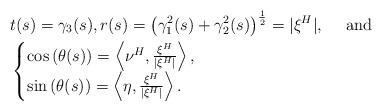
LaTeX: \begin{align*}&t(s)=\gamma_3(s),r(s)=\left(\gamma^2_1(s)+\gamma^2_2(s)\right)^{\frac{1}{2}}=|\xi^H|,\quad\mbox{ and }\\&\begin{cases}\cos{\left(\theta(s)\right)} = \left\langle \nu^H,\frac{\xi^H}{|\xi^H|}\right\rangle, \\\sin{\left(\theta(s)\right)} = \left\langle \eta,\frac{\xi^H}{|\xi^H|}\right\rangle.\end{cases}\end{align*}